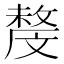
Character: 𣁟